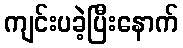
ကျင်းပခဲ့ပြီးနောက်